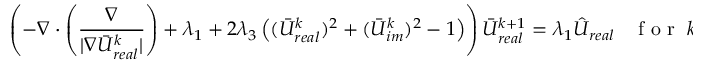
\left( - \nabla \cdot \left( \frac { \nabla } { | \nabla \bar { U } _ { r e a l } ^ { k } | } \right) + \lambda _ { 1 } + 2 \lambda _ { 3 } \left( ( \bar { U } _ { r e a l } ^ { k } ) ^ { 2 } + ( \bar { U } _ { i m } ^ { k } ) ^ { 2 } - 1 \right) \right) \bar { U } _ { r e a l } ^ { k + 1 } = \lambda _ { 1 } \hat { U } _ { r e a l } \; \; \; \mathrm { ~ f ~ o ~ r ~ } \; k = 1 , 2 , 3 , \ldots